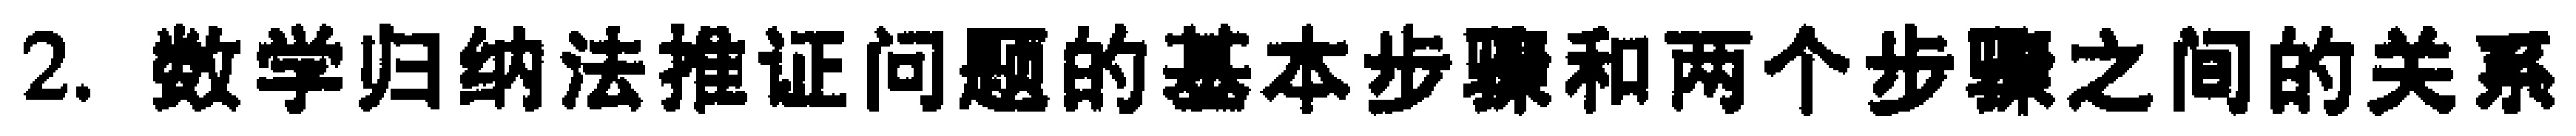
2. 数学归纳法推证问题的基本步骤和两个步骤之间的关系